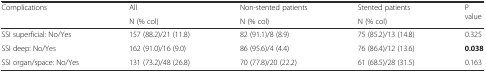
<table><thead><tr><td rowspan="2"><b>Complications</b></td><td><b>All</b></td><td><b>Non-stented patients</b></td><td><b>Stented patients</b></td><td rowspan="2"><b>P value</b></td></tr><tr><td><b>N (% col)</b></td><td><b>N (% col)</b></td><td><b>N (% col)</b></td></tr></thead><tbody><tr><td>SSI superficial: No/Yes</td><td>157 (88.2)/21 (11.8)</td><td>82 (91.1)/8 (8.9)</td><td>75 (85.2)/13 (14.8)</td><td>0.325</td></tr><tr><td>SSI deep: No/Yes</td><td>162 (91.0)/16 (9.0)</td><td>86 (95.6)/4 (4.4)</td><td>76 (86.4)/12 (13.6)</td><td><b>0.038</b></td></tr><tr><td>SSI organ/space: No/Yes</td><td>131 (73.2)/48 (26.8)</td><td>70 (77.8)/20 (22.2)</td><td>61 (68.5)/28 (31.5)</td><td>0.163</td></tr></tbody></table>